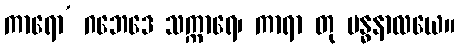
ကာရော’ ဂဘေဒေ သက္ကာရေ၊ ကာရာ တု ဗန္ဓနာလယေ။